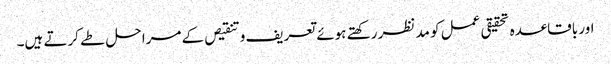
اور باقاعدہ تحقیقی عمل کو مد نظر رکھتے ہوئے تعریف و تنقیص کے مراحل طے کرتے ہیں۔